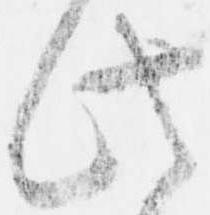
此